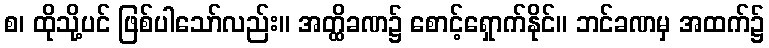
စ၊ ထိုသို့ပင် ဖြစ်ပါသော်လည်း။ အတ္ထိခဏ၌ စောင့်ရှောက်နိုင်။ ဘင်ခဏမှ အထက်၌